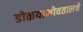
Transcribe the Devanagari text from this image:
डोळयाभोवतालचे